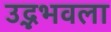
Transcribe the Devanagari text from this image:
उद्भभवला